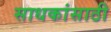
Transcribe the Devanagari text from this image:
साधकांसाठी